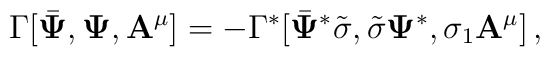
\Gamma[ \bar{{\bf \Psi}} , {\bf \Psi}, {\bf A^\mu} ] = - \Gamma^*[ \bar{{\bf \Psi}}^* \tilde{\sigma}  ,  \tilde{\sigma} {\bf \Psi}^*,\sigma_1 {\bf A^\mu}]  \, ,